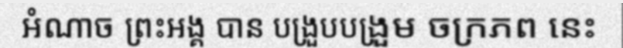
អំណាច ព្រះអង្គ បាន បង្រួបបង្រួម ចក្រភព នេះ